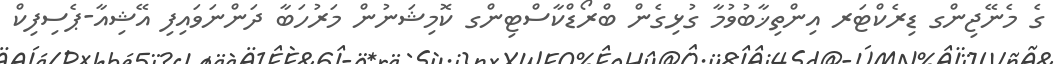
ގެ މެނޭޖިންގ ޑިރެކްޓަރ އިންތިޚާބުވުމާ ގުޅިގެން ބްރޯޑްކާސްޓިންގ ކޮމިޝަނުން މަރުހަބާ ދަންނަވައިފި އޭޝިއާ-ޕެސިފިކް